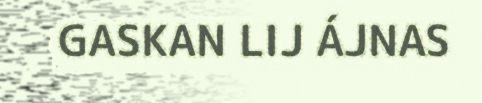
GASKAN LIJ ÁJNAS